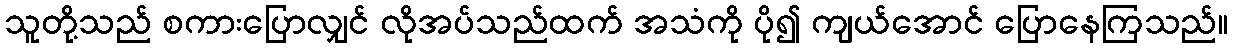
သူတို့သည် စကားပြောလျှင် လိုအပ်သည်ထက် အသံကို ပို၍ ကျယ်အောင် ပြောနေကြသည်။